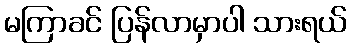
မကြာခင် ပြန်လာမှာပါ သားရယ်